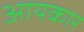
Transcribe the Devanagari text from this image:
आयकार